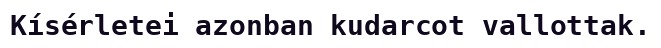
Kísérletei azonban kudarcot vallottak.